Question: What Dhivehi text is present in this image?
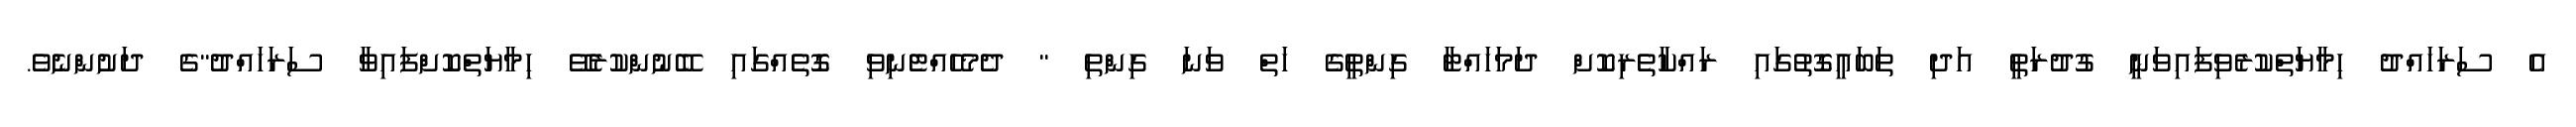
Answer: އެ ސަރަހައްދު ހިމާޔަތްކުރެވިފައިވަނީ ގުދުރަތީ އަދި ތަބައީގޮތުގައި ރައްކާތެރިކޮށް ދަމަހައްޓާ ގިންތީގެ ހަތް ވަނަ ގިންތި " ދެމެހެއްޓެނިވި ގޮތެއްގައި ބޭނުންކުރެވޭ ހިމާޔަތްކޮށްފައިވާ ސަރަހައްދު"ގެ ދަށުންނެވެ.